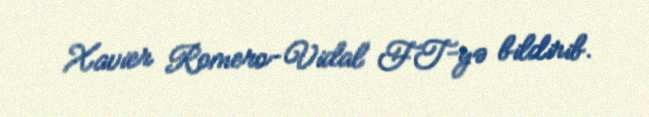
Xavier Romero-Vidal FT-yə bildirib.